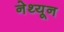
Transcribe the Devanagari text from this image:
नेथ्यून